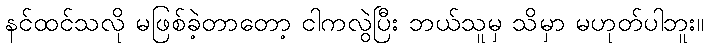
နင်ထင်သလို မဖြစ်ခဲ့တာတော့ ငါကလွဲပြီး ဘယ်သူမှ သိမှာ မဟုတ်ပါဘူး။